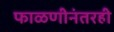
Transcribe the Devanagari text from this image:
फाळणीनंतरही